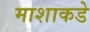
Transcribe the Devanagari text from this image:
माशाकडे